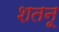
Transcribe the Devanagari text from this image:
शतनू